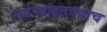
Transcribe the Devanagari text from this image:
त्यांच्याइतक्याच